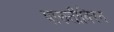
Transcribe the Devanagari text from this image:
पारुतीविरन